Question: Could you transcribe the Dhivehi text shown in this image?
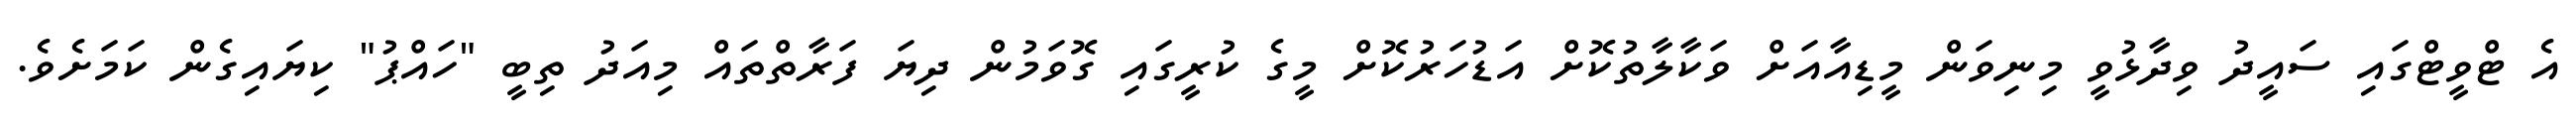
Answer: އެ ޓްވީޓްގައި ސައީދު ވިދާޅުވީ މިނިވަން މީޑިއާއަށް ވަކާލާތުކޮށް އަޑުހަރުކޮށް މީގެ ކުރީގައި ގޮވަމުން ދިޔަ ފަރާތްތައް މިއަދު ތިބީ "ހައްޕު" ކިޔައިގެން ކަމަށެވެ.